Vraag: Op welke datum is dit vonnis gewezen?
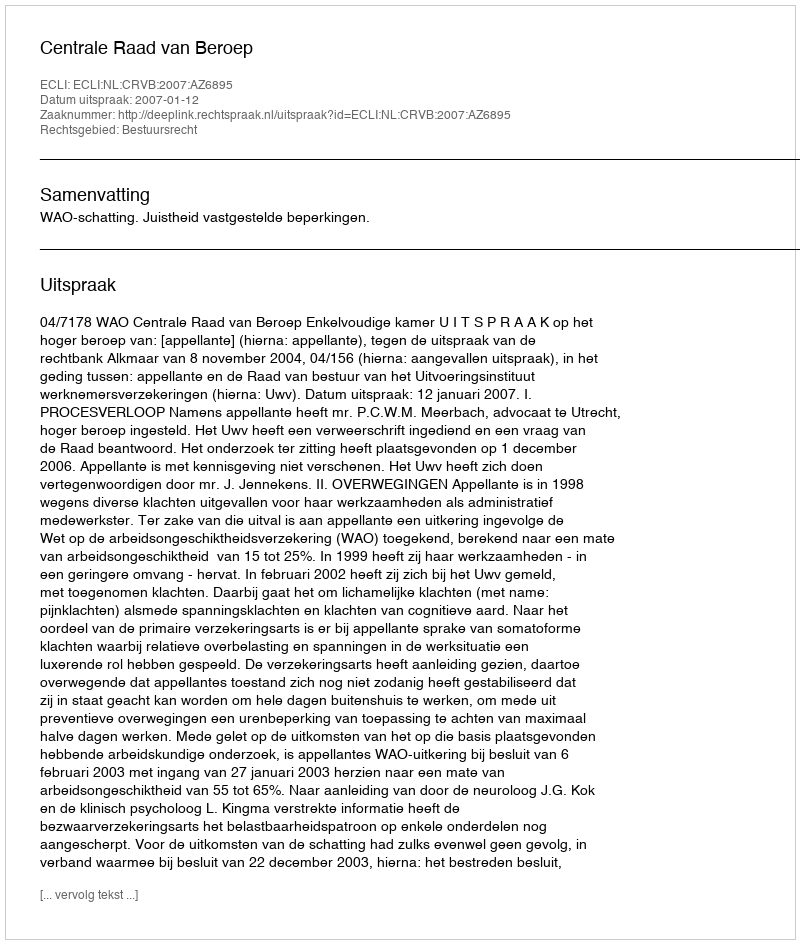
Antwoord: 2007-01-12